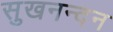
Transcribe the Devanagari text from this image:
सुखनन्दन